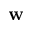
\mathbf { w }